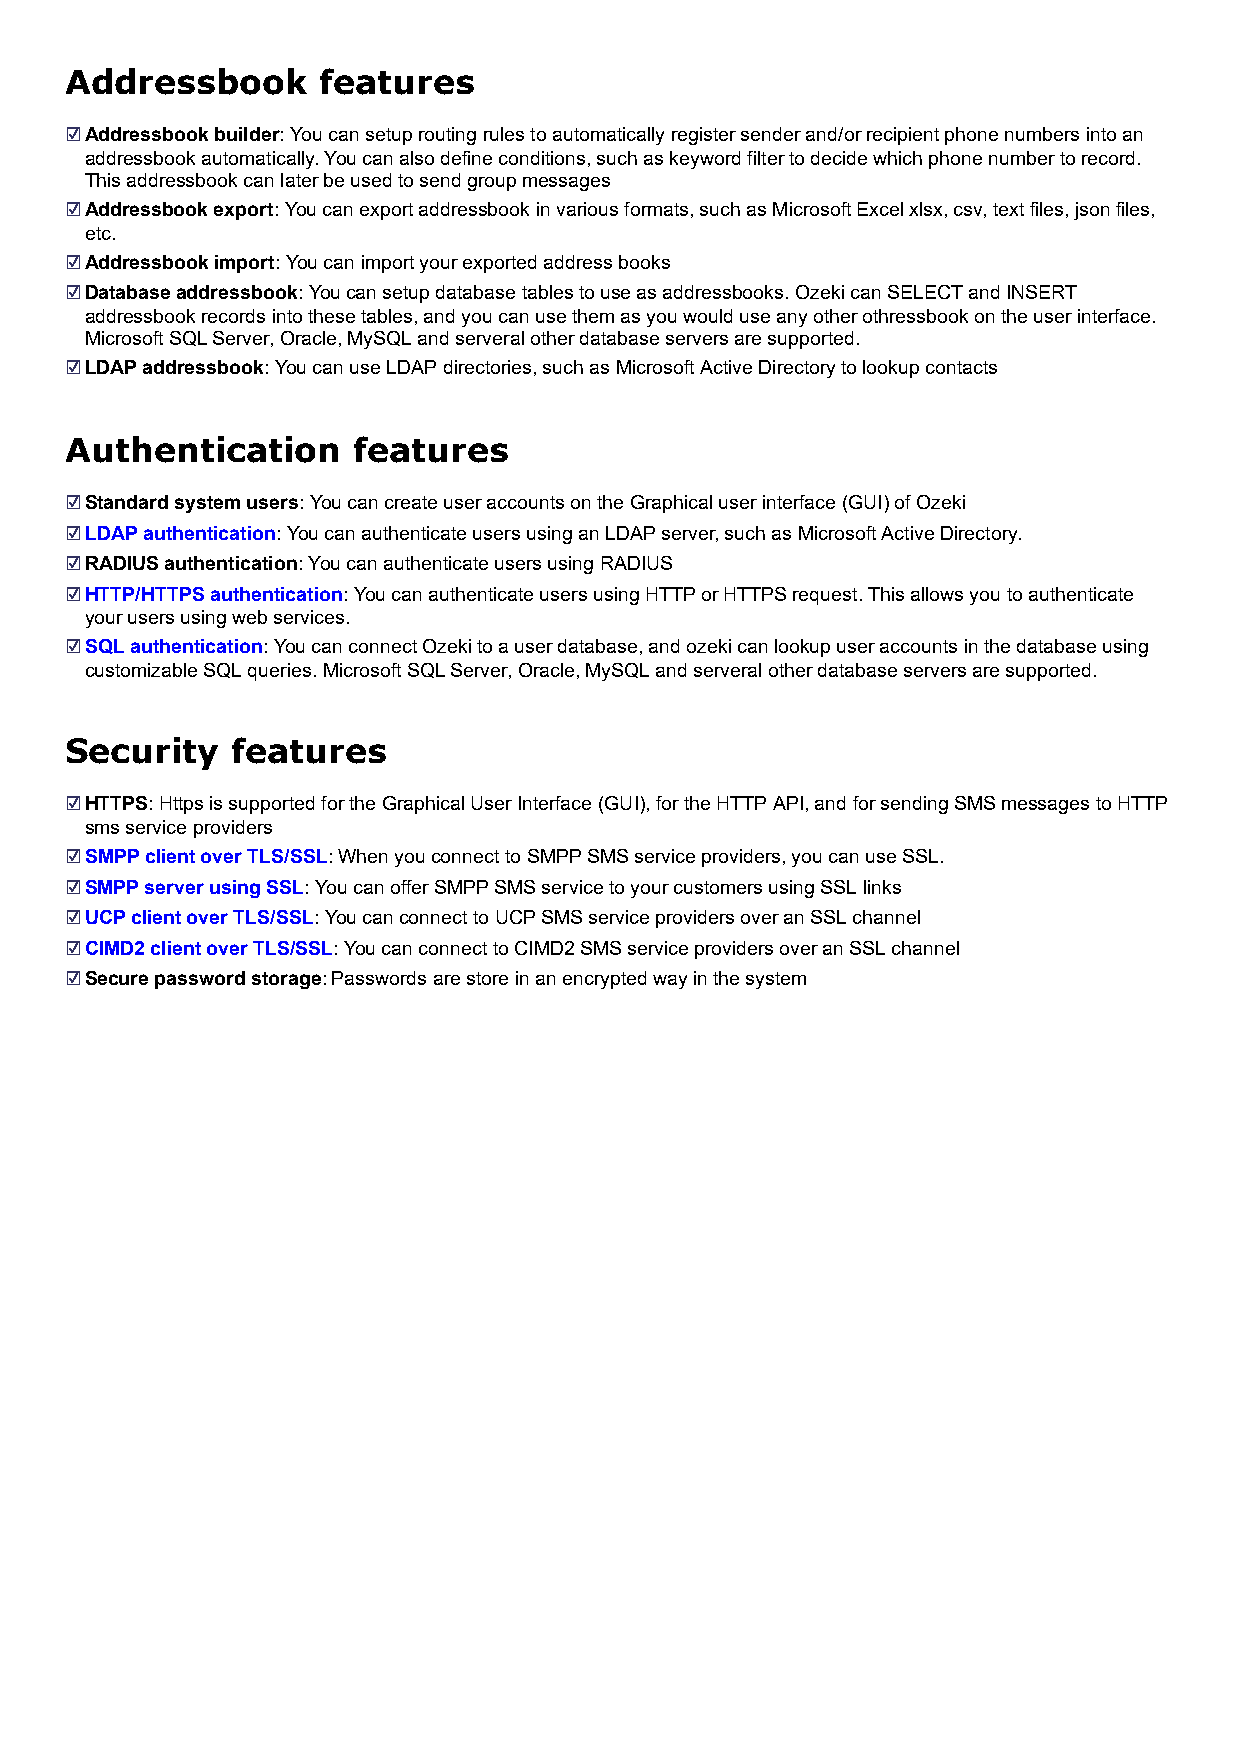
Addressbook      features
 ☑Addressbook builder: You can setup routing rules to automatically register sender and/or recipient phone numbers into an
 addressbook automatically. You can also define conditions, such as keyword filter to decide which phone number to record.
 This addressbook can later be used to send group messages
 ☑Addressbook export: You can export addressbook in various formats, such as Microsoft Excel xlsx, csv, text files, json files,
 etc.
 ☑Addressbook import: You can import your exported address books
 ☑Database addressbook: You can setup database tables to use as addressbooks. Ozeki can SELECT and INSERT
 addressbook records into these tables, and you can use them as you would use any other othressbook on the user interface.
 Microsoft SQL Server, Oracle, MySQL and serveral other database servers are supported.
 ☑LDAP addressbook: You can use LDAP directories, such as Microsoft Active Directory to lookup contacts
 Authentication     features
 ☑Standard system users: You can create user accounts on the Graphical user interface (GUI) of Ozeki
 ☑LDAP authentication: You can authenticate users using an LDAP server, such as Microsoft Active Directory.
 ☑RADIUS authentication: You can authenticate users using RADIUS
 ☑HTTP/HTTPS authentication: You can authenticate users using HTTP or HTTPS request. This allows you to authenticate
 your users using web services.
 ☑SQL authentication: You can connect Ozeki to a user database, and ozeki can lookup user accounts in the database using
 customizable SQL queries. Microsoft SQL Server, Oracle, MySQL and serveral other database servers are supported.
 Security   features
 ☑HTTPS: Https is supported for the Graphical User Interface (GUI), for the HTTP API, and for sending SMS messages to HTTP
 sms service providers
 ☑SMPP client over TLS/SSL: When you connect to SMPP SMS service providers, you can use SSL.
 ☑SMPP server using SSL: You can offer SMPP SMS service to your customers using SSL links
 ☑UCP client over TLS/SSL: You can connect to UCP SMS service providers over an SSL channel
 ☑CIMD2 client over TLS/SSL: You can connect to CIMD2 SMS service providers over an SSL channel
 ☑Secure password storage: Passwords are store in an encrypted way in the system